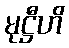
မုဋ္ဌီဟိ